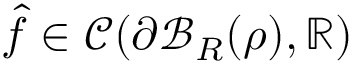
\hat { f } \in \mathcal { C } ( \partial \mathcal { B } _ { R } ( { \boldsymbol \rho } ) , \mathbb { R } )